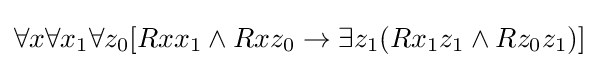
\forall x\forall x_{1}\forall z_{0}[Rxx_{1}\land Rxz_{0}\rightarrow \exists z_{1}(Rx_{1}z_{1}\land Rz_{0}z_{1})]